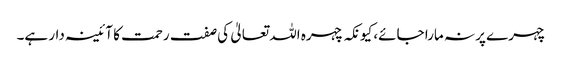
چہرے پر نہ مارا جائے، کیونکہ چہرہ اللہ تعالیٰ کی صفت رحمت کا آئینہ دار ہے۔